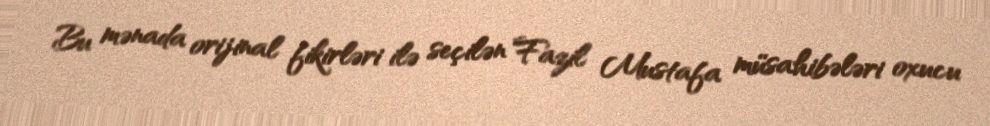
Bu mənada orijinal fikirləri ilə seçilən Fazil Mustafa müsahibələri oxucu